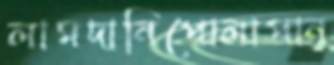
লামদানিপোলাপান